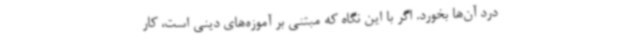
درد آن‌ها بخورد. اگر با این نگاه که مبتنی بر آموزه‌های دینی است، کار